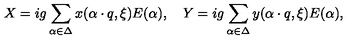
X = i g \sum _ { \alpha \in \Delta } x ( \alpha \cdot q , \xi ) E ( \alpha ) , \quad Y = i g \sum _ { \alpha \in \Delta } y ( \alpha \cdot q , \xi ) E ( \alpha ) ,